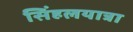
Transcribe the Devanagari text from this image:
सिंहलयात्रा